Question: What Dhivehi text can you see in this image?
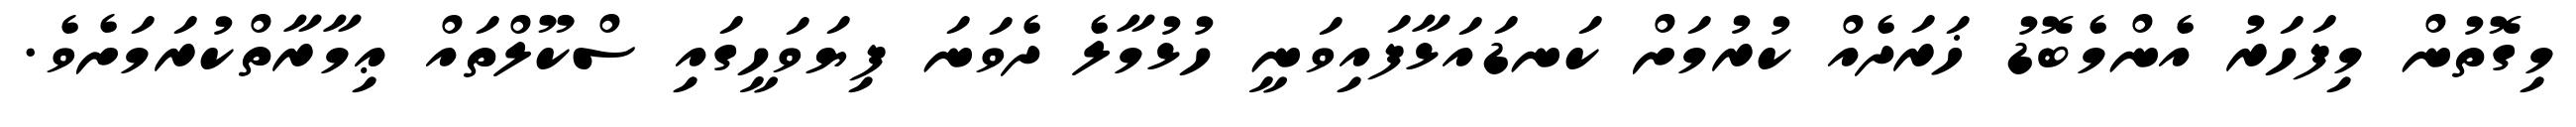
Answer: މިގޮތުން މިފަހަރު އެންމެބޮޑު ޚަރަދެއް ކުރުމަށް ކަނޑައަޅާފައިވަނީ ހުޅުމާލެ ދެވަނަ ފިޔަވަހީގައި ސްކޫލްތައް ޢިމާރާތްކުރަމަށެވެ.